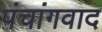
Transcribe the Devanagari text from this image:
पंचांगवाद